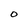
Character: O